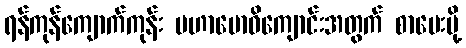
ရန်ကုန်ကျောက်ကုန်း မဟာဗောဓိကျောင်းအတွက် စာပေးပို့